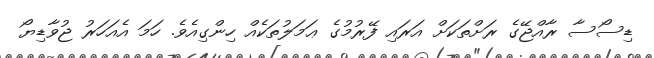
ޑިސޯސާ ރާއްޖޭގެ ރަށްތަކަށް އަރައި ފޭރުމުގެ ޢަމަލުތަކެއް ހިންގިއެވެ. ހަމަ އެއަހަރު ޖުވާޑިޔޯ